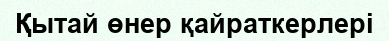
Қытай өнер қайраткерлері